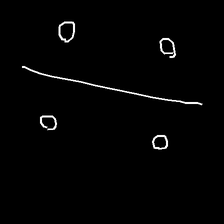
Glyph: cool